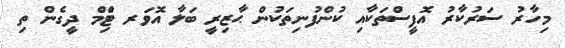
މިހާރު ސަރުކާރު އޮފީސްތަކާއި ކުންފުނިތަކުން ޙާޒިރީ ބަލާ އޮވަރ ޓަެިމް ދީގެން ތި